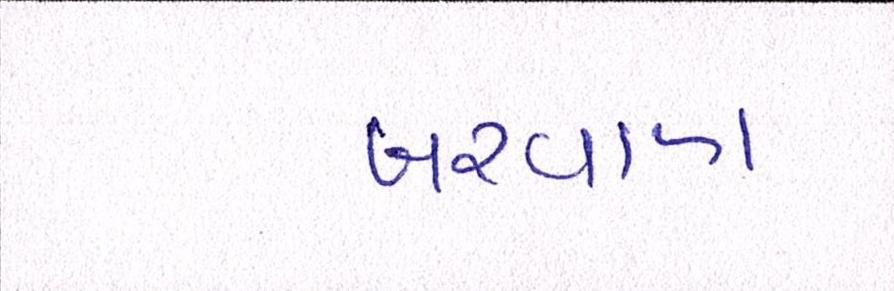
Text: બરવાળા